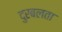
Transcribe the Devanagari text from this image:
दुरबलता